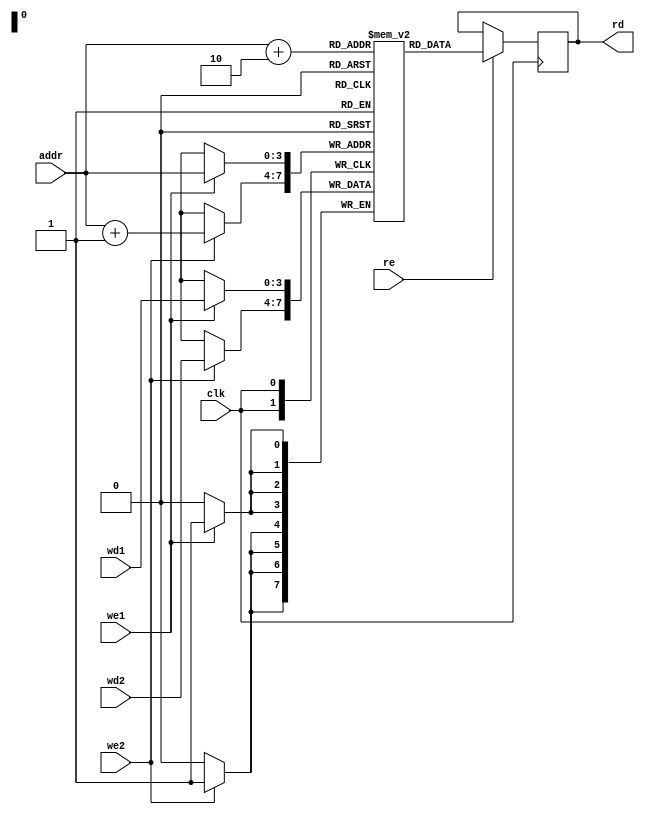
module top(
	input [3:0] addr,
	input [3:0] wd1,
	input [3:0] wd2,
	input we1, we2,
	input re,
	input clk,
	output reg [3:0] rd
);

reg [3:0] mem[0:15];

wire [3:0] wa1 = addr;
wire [3:0] wa2 = addr + 1;
wire [3:0] ra = addr + 2;

always @(posedge clk) begin
	if (we1)
		mem[wa1] <= wd1;
	if (we2)
		mem[wa2] <= wd2;
	if (re) begin
		rd <= mem[ra];
	end
end

endmodule